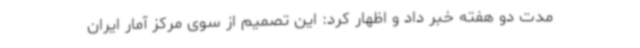
مدت دو هفته خبر داد و اظهار کرد: این تصمیم از سوی مرکز آمار ایران